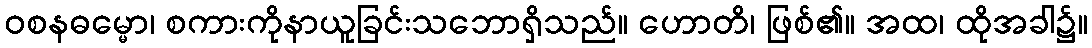
ဝစနဓမ္မော၊ စကားကိုနာယူခြင်းသဘောရှိသည်။ ဟောတိ၊ ဖြစ်၏။ အထ၊ ထိုအခါ၌။